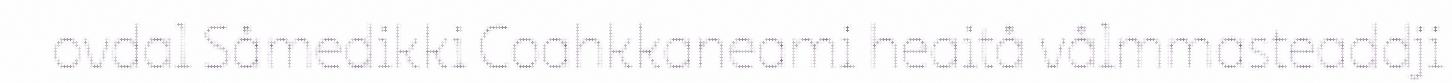
ovdal Såmedikki Coahkkaneami heaitå vålmmasteaddji